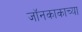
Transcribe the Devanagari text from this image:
जॉनकाकाच्या